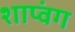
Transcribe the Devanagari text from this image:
शाप्वंग